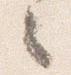
之